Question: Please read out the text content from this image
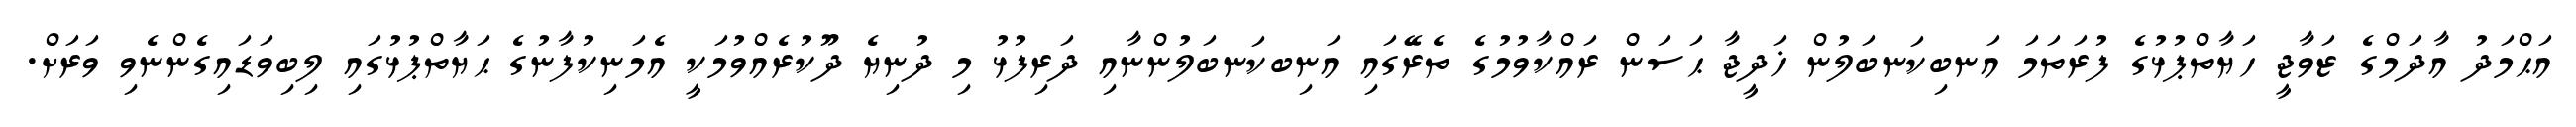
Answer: އަޙްމަދު އާދަމްގެ ޒަވާޖީ ހަޔާތްޕުޅުގެ ފުރަތަމަ އަނބިކަނބަލުން ޚަދީޖާ ޙަސަން ރައްކާވުމުގެ ތެރޭގައި އަނިބކަނބަލުންނާއި ދަރިފުޅު މި ދުނިޔެ ދޫކުރެއްވުމަކީ އެމަނިކުފާނުގެ ޙަޔާތްޕުޅުގައި ލިބިވަޑައިގެންނެވި ވަރަށް.